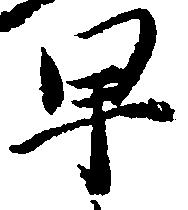
早